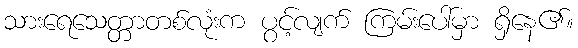
သားရေသေတ္တာတစ်လုံးက ပွင့်လျက် ကြမ်းပေါ်မှာ ရှိနေ၏။